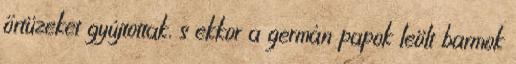
őrtüzeket gyújtottak, s ekkor a germán papok leölt barmok